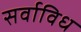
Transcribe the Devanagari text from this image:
सर्वाविध